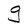
Character: g